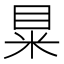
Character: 𥅼